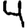
Digit: 4